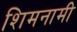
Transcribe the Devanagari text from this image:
शिमनामी